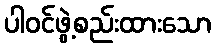
ပါဝင်ဖွဲ့စည်းထားသော